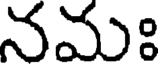
నమః